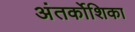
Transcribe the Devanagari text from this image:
अंतर्कोशिका